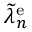
\widetilde { \lambda } _ { n } ^ { \mathrm { e } }